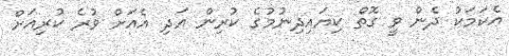
އެކަމަކު ދެން ވީ ގޮތް ކިޔައިދިނުމުގެ ކުރިން އަދި އެއަށް ވުރެ ކުރިއަށް